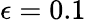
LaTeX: \epsilon=0.1